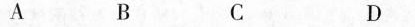
A B C D